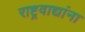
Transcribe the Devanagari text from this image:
राष्ट्रवाद्यांना